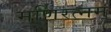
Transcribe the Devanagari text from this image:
मणिरत्‍नम्